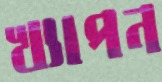
খ্যাপন